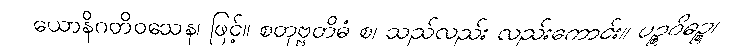
ယောနိဂတိဝသေန၊ ဖြင့်။ စတုဗ္ဗတိဓံ စ၊ သည်လည်း လည်းကောင်း။ ပဉ္စဝိဓဉ္စ၊